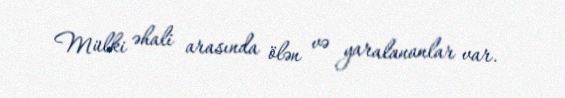
Mülki əhali arasında ölən və yaralananlar var.